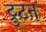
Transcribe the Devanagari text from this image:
ट्रुटन